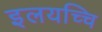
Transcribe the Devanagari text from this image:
इलयच्चि